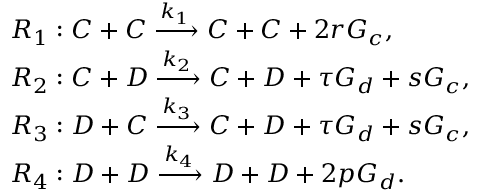
\begin{array} { r l } & { R _ { 1 } : C + C \xrightarrow { k _ { 1 } } C + C + 2 r G _ { c } , } \\ & { R _ { 2 } : C + D \xrightarrow { k _ { 2 } } C + D + \tau G _ { d } + s G _ { c } , } \\ & { R _ { 3 } : D + C \xrightarrow { k _ { 3 } } C + D + \tau G _ { d } + s G _ { c } , } \\ & { R _ { 4 } : D + D \xrightarrow { k _ { 4 } } D + D + 2 p G _ { d } . } \end{array}